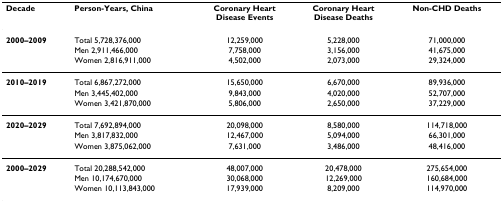
| Decade | Person-Years, China | Coronary HeartDisease Events | Coronary HeartDisease Deaths | Non-CHD Deaths |
 | --- | --- | --- | --- | --- |
 | 2000–2009 | Total 5,728,376,000 | 12,259,000 | 5,228,000 | 71,000,000 |
 |  | Men 2,911,466,000 | 7,758,000 | 3,156,000 | 41,675,000 |
 |  | Women 2,816,911,000 | 4,502,000 | 2,073,000 | 29,324,000 |
 | 2010–2019 | Total 6,867,272,000 | 15,650,000 | 6,670,000 | 89,936,000 |
 |  | Men 3,445,402,000 | 9,843,000 | 4,020,000 | 52,707,000 |
 |  | Women 3,421,870,000 | 5,806,000 | 2,650,000 | 37,229,000 |
 | 2020–2029 | Total 7,692,894,000 | 20,098,000 | 8,580,000 | 114,718,000 |
 |  | Men 3,817,832,000 | 12,467,000 | 5,094,000 | 66,301,000 |
 |  | Women 3,875,062,000 | 7,631,000 | 3,486,000 | 48,416,000 |
 | 2000–2029 | Total 20,288,542,000 | 48,007,000 | 20,478,000 | 275,654,000 |
 |  | Men 10,174,670,000 | 30,068,000 | 12,269,000 | 160,684,000 |
 |  | Women 10,113,843,000 | 17,939,000 | 8,209,000 | 114,970,000 |